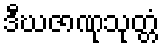
ဒီဃဇာဏုသုတ္တံ